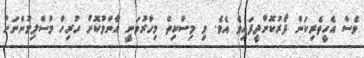
ވެސް އެހީތެރިކަން ފޯރުކޮށްދީފައިވެ އެވެ. މި މިސްކިތް މިހާރުވަނީ އާންމުކޮށް ހުރިހާ މުސްލިމުންނަށް